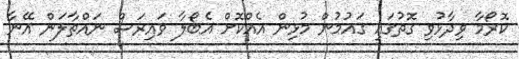
ކޮރޯމާ ވިދާޅުވި ގޮތުގައި ގައުމުން މުޅިން އެއްކޮށް އެބޯލާ ވައިރަސް ނައްތާލަން އޭނާ